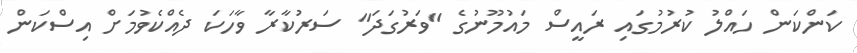
ކަންކަން ހައްލު ކުރުމުގައި ރައީސް މައުމޫނުގެ "ވަރުގަދަ" ސަރުކާރާ ވާހަކަ ދެއްކެވުމަށް އިސްކަން